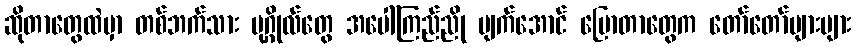
ဆိုတာတွေထဲမှာ တစ်ဘက်သား ပုဂ္ဂိုလ်တွေ အပေါ်ကြည်ညို ပျက်အောင် ပြောတာတွေက တော်တော်များများ